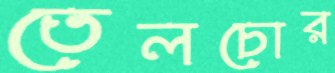
তেলচোর